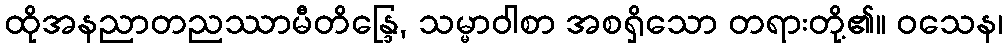
ထိုအနညာတညဿာမီတိန္ဒြေ, သမ္မာဝါစာ အစရှိသော တရားတို့၏။ ဝသေန၊